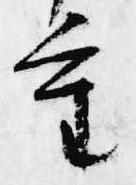
重